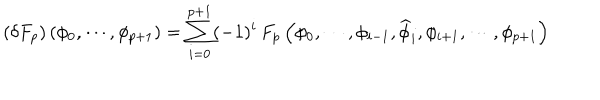
LaTeX: \left( \delta F _ { p } \right) \left( \phi _ { 0 } , \cdots , \phi _ { p + 1 } \right) = \sum _ { i = 0 } ^ { p + 1 } ( - 1 ) ^ { i } \, F _ { p } \left( \phi _ { 0 } , \cdots , \phi _ { i - 1 } , \widehat { \phi } _ { i } , \phi _ { i + 1 } , \cdots , \phi _ { p + 1 } \right)